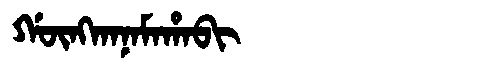
Manchu: ᡤᡡᠩᡴᠠᠨᠠᠮᠠᡥᠠᠪᡳ
Romanization: GŪNGKANAMAHABI